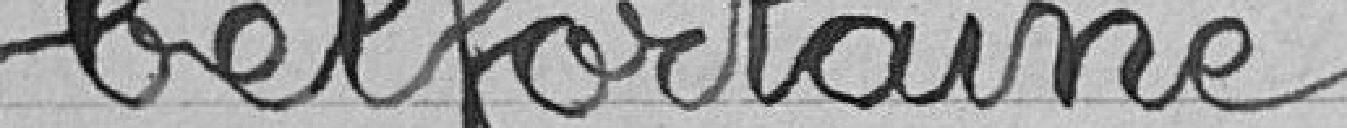
belfortaine